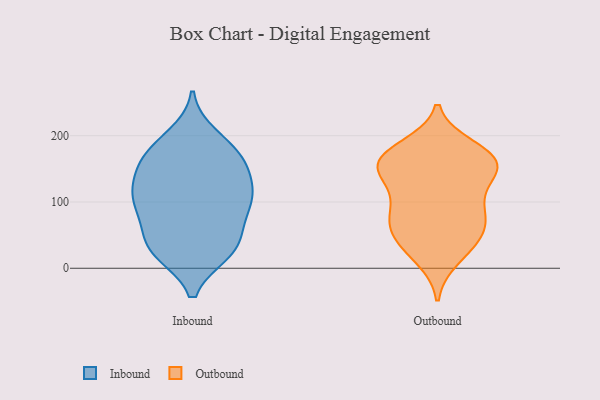
{"axis": {"x": "Customer Acquisition Cost (USD)", "y": "Value"}, "legend": ["Inbound", "Outbound"], "data": [{"x": "", "y": 26, "type": "Inbound"}, {"x": "", "y": 142, "type": "Inbound"}, {"x": "", "y": 143, "type": "Inbound"}, {"x": "", "y": 96, "type": "Inbound"}, {"x": "", "y": 102, "type": "Inbound"}, {"x": "", "y": 109, "type": "Inbound"}, {"x": "", "y": 108, "type": "Inbound"}, {"x": "", "y": 199, "type": "Inbound"}, {"x": "", "y": 170, "type": "Inbound"}, {"x": "", "y": 113, "type": "Inbound"}, {"x": "", "y": 24, "type": "Inbound"}, {"x": "", "y": 87, "type": "Inbound"}, {"x": "", "y": 29, "type": "Inbound"}, {"x": "", "y": 28, "type": "Inbound"}, {"x": "", "y": 157, "type": "Inbound"}, {"x": "", "y": 181, "type": "Inbound"}, {"x": "", "y": 45, "type": "Inbound"}, {"x": "", "y": 62, "type": "Inbound"}, {"x": "", "y": 173, "type": "Inbound"}, {"x": "", "y": 65, "type": "Outbound"}, {"x": "", "y": 183, "type": "Outbound"}, {"x": "", "y": 173, "type": "Outbound"}, {"x": "", "y": 26, "type": "Outbound"}, {"x": "", "y": 15, "type": "Outbound"}, {"x": "", "y": 91, "type": "Outbound"}, {"x": "", "y": 155, "type": "Outbound"}, {"x": "", "y": 62, "type": "Outbound"}, {"x": "", "y": 99, "type": "Outbound"}, {"x": "", "y": 49, "type": "Outbound"}, {"x": "", "y": 92, "type": "Outbound"}, {"x": "", "y": 158, "type": "Outbound"}, {"x": "", "y": 138, "type": "Outbound"}, {"x": "", "y": 150, "type": "Outbound"}, {"x": "", "y": 73, "type": "Outbound"}, {"x": "", "y": 152, "type": "Outbound"}, {"x": "", "y": 42, "type": "Outbound"}, {"x": "", "y": 172, "type": "Outbound"}, {"x": "", "y": 136, "type": "Outbound"}, {"x": "", "y": 168, "type": "Outbound"}]}